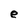
Character: e